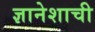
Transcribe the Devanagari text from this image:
ज्ञानेशाची